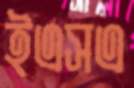
ইএসএ